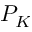
P _ { K }